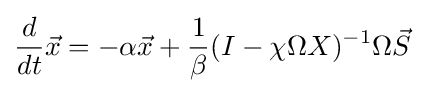
{\frac {d}{dt}}{\vec {x}}=-\alpha {\vec {x}}+{\frac {1}{\beta }}(I-\chi \Omega X)^{-1}\Omega {\vec {S}}